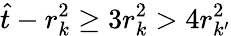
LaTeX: \hat{t}-r_{k}^{2}\ge 3r_{k}^{2}>4r_{k^{\prime}}^{2}